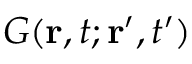
G ( \mathbf { r } , t ; \mathbf { r } ^ { \prime } , t ^ { \prime } )